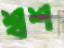
শ্বশ